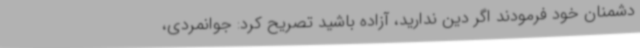
دشمنان خود فرمودند اگر دین ندارید، آزاده باشید تصریح کرد: جوانمردی،